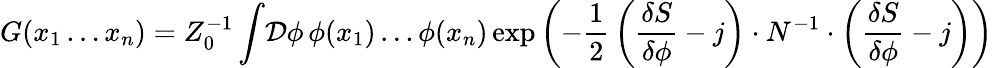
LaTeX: G(x_{1}\ldots x_{n})=Z_{0}^{-1}\int\! {\cal D}\phi\, \phi(x_{1})\ldots\phi(x_{n})\exp\left(-{\frac{1}{2}}\left({\frac{\delta S}{\delta\phi}}-j\right)\cdot N^{-1}\cdot\left({\frac{\delta S}{\delta\phi}}-j\right)\right)